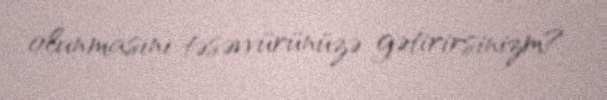
olunmasını təsəvvürünüzə gətirirsinizm?.